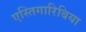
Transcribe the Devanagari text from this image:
एस्तिगारिबिया